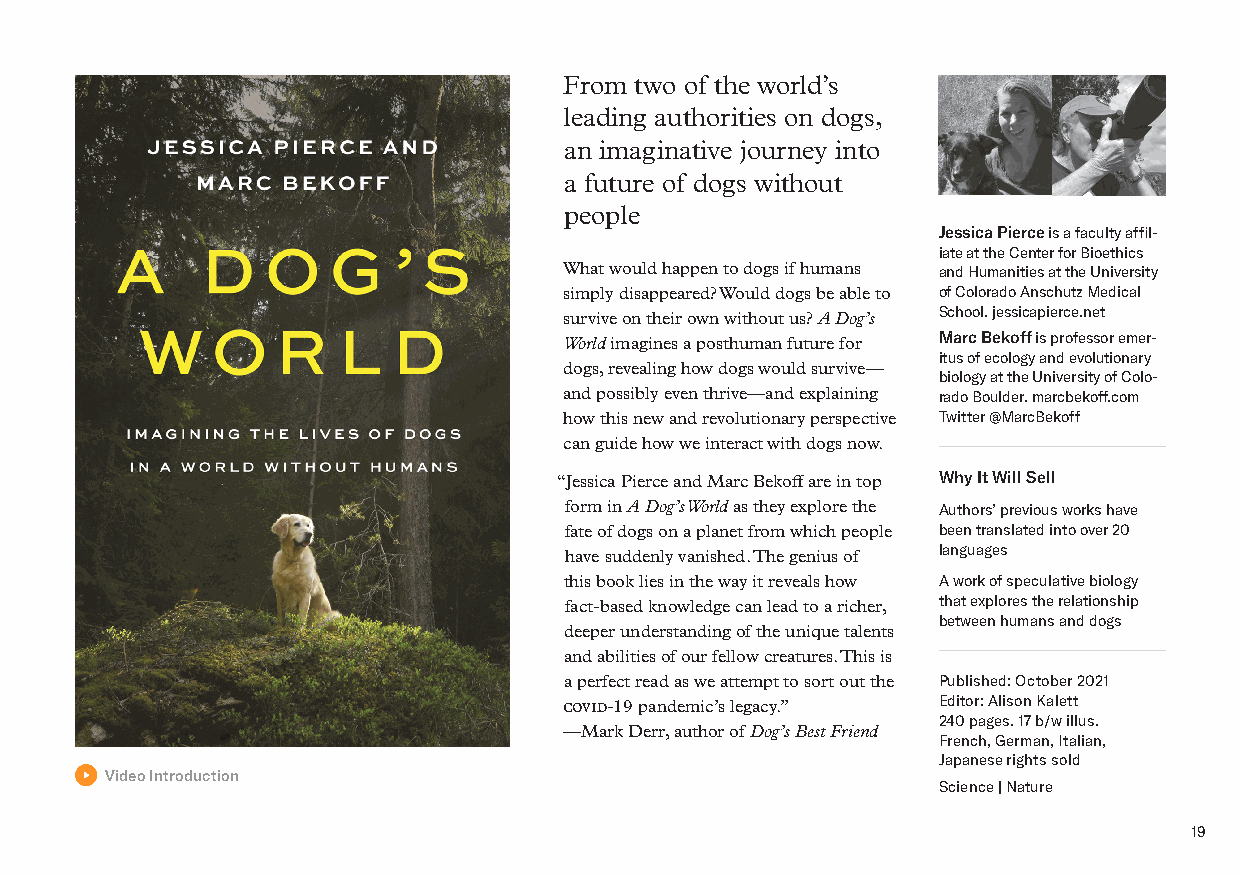
From two of the world’s
 leading authorities on dogs,
 an imaginative journey into
 a future of dogs without
 people
 Jessica Pierce is a faculty affil-
 iate at the Center for Bioethics
 What would happen to dogs if humans and Humanities at the University
 simply disappeared? Would dogs be able to of Colorado Anschutz Medical
 survive on their own without us? A Dog’s School. jessicapierce.net
 World imagines a posthuman future for Marc Bekoff is professor emer-
 itus of ecology and evolutionary
 dogs, revealing how dogs would survive—
 biology at the University of Colo-
 and possibly even thrive—and explaining rado Boulder. marcbekoff.com
 how this new and revolutionary perspective Twitter @MarcBekoff
 can guide how we interact with dogs now.
 “Jessica Pierce and Marc Bekoff are in top Why It Will Sell
 form in A Dog’s World as they explore the Authors’ previous works have
 fate of dogs on a planet from which people been translated into over 20
 have suddenly vanished. The genius of languages
 this book lies in the way it reveals how A work of speculative biology
 fact-based knowledge can lead to a richer, that explores the relationship
 between humans and dogs
 deeper understanding of the unique talents
 and abilities of our fellow creatures. This is
 a perfect read as we attempt to sort out the Published: October 2021
 covid-19 pandemic’s legacy.” Editor: Alison Kalett
 240 pages. 17 b/w illus.
 —Mark Derr, author of Dog’s Best Friend
 French, German, Italian,
 Japanese rights sold
 Video Introduction
 Science | Nature
 19